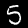
Digit: 5